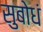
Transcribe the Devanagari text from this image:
सुबोधं